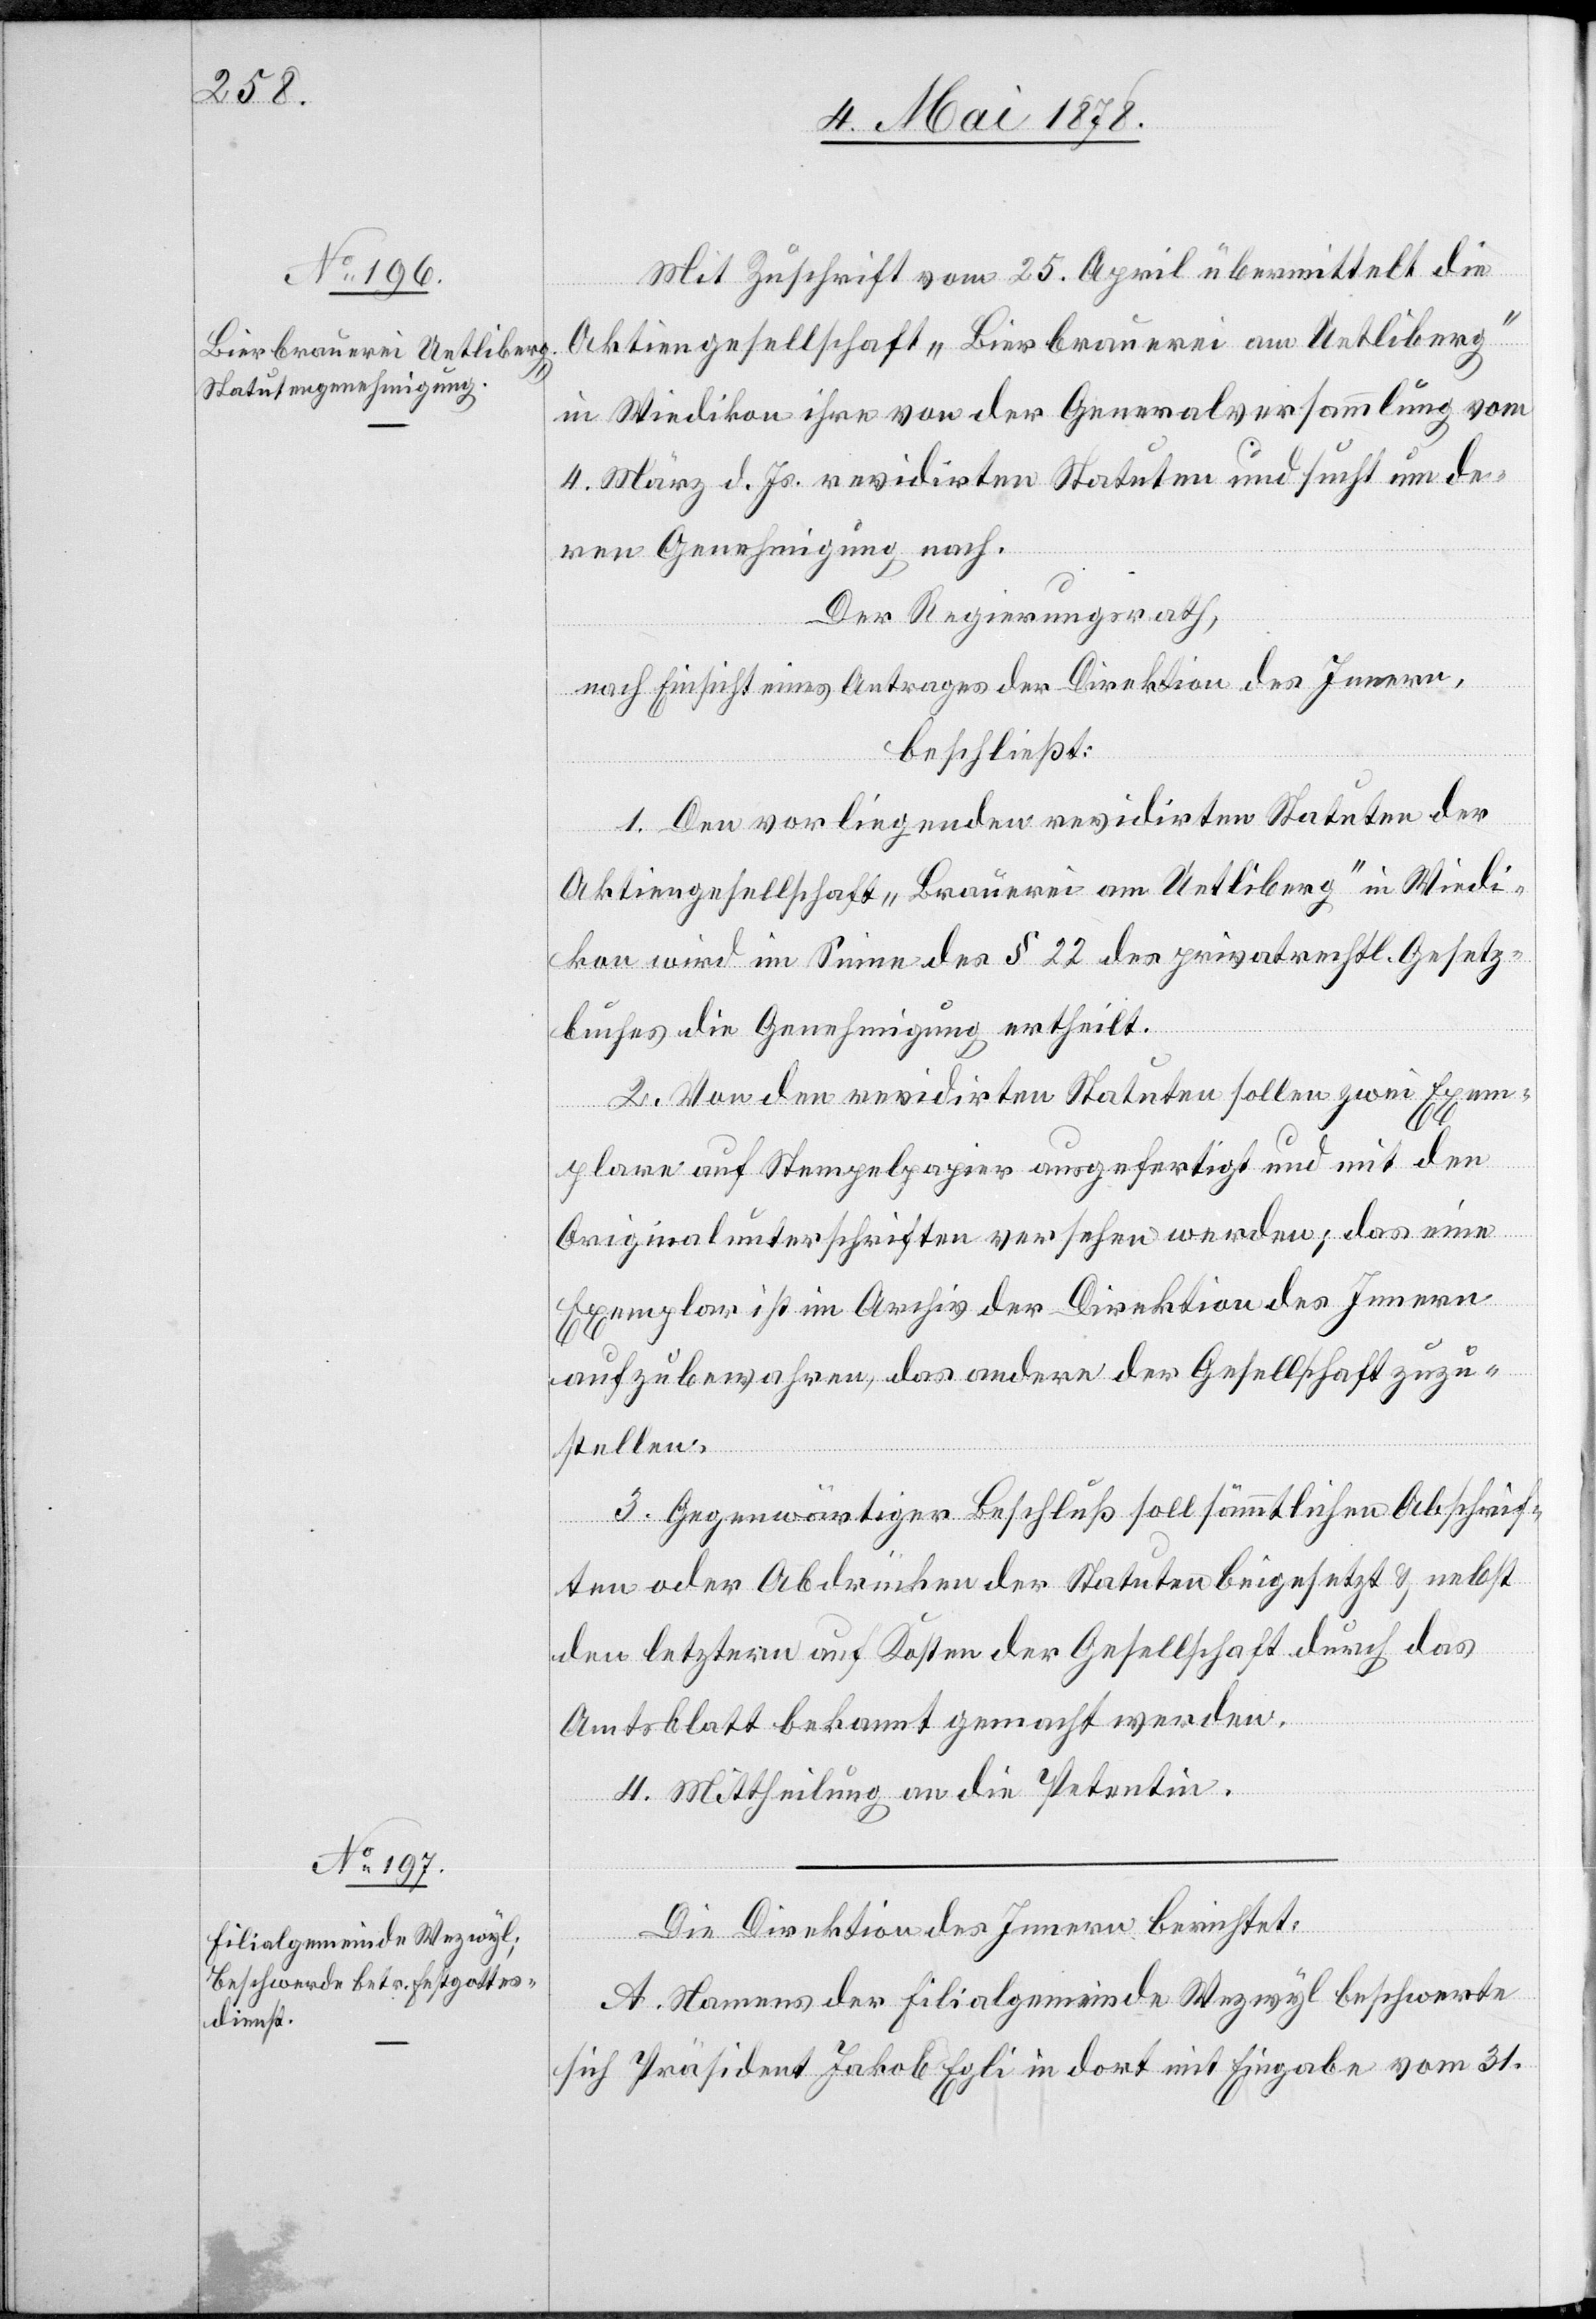
Mit Zuschrift vom 25. April übermittelt die
Aktiengesellschaft „Bierbrauerei am Uetliberg“
in Wiedikon ihre von der Generalversammlung vom
4. März d. Js. revidirten Statuten und sucht um de¬
ren Genehmigung nach.
Der Regierungsrath,
nach Einsicht eines Antrages der Direktion des Innern,
beschließt:
1. Den vorliegenden revidirten Statuten der
Aktiengesellschaft „Brauerei am Uetliberg“ in Wiedi¬
kon wird im Sinne des § 22 des privatrechtl. Gesetz¬
buches die Genehmigung ertheilt.
2. Von den revidirten Statuten sollen zwei Exem¬
plare auf Stempelpapier ausgefertigt und mit den
Originalunterschriften versehen werden; das eine
Exemplar ist im Archiv der Direktion des Innern
aufzubewahren, das andere der Gesellschaft zuzu¬
stellen.
3. Gegenwärtiger Beschluß soll sämmtlichen Abschrif¬
ten oder Abdrücken der Statuten beigesetzt & nebst
den letztern auf Kosten der Gesellschaft durch das
Amtsblatt bekannt gemacht werden.
4. Mittheilung an die Petentin.
Die Direktion des Innern berichtet:
A. Namens der Filialgemeinde Wezwyl beschwerte
sich Präsident Jakob Egli in dort mit Eingabe vom 31.